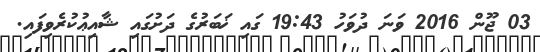
03 ޖޫން 2016 ވަނަ ދުވަހު 19:43 ގައި ޚަބަރުގެ ދަށުގައި ޝާއިޢުކުރެވިފައި.